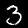
Label: 3